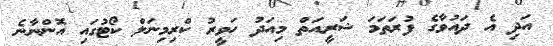
އަދި އެ ދައުވާގެ ފުރަތަމަ ޝަރީއަތް މިއަދު ހަވީރު ކްރިމިނަލް ކޯޓުގައި އޮންނާނެ